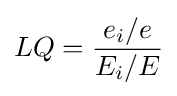
LQ={\frac {e_{i}/e}{E_{i}/E}}